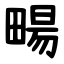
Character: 畼